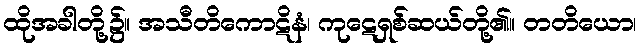
ထိုအခါတို့၌။ အသီတိကောဋိနံ၊ ကုဋေရှစ်ဆယ်တို့၏။ တတိယော၊